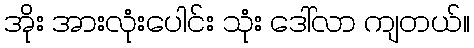
အိုး အားလုံးပေါင်း သုံး ဒေါ်လာ ကျတယ်။